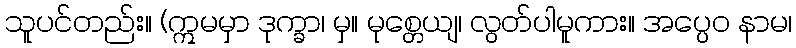
သူပင်တည်း။ (ဣမမှာ ဒုက္ခာ၊ မှ။ မုစ္တေယျ၊ လွတ်ပါမူကား။ အပ္ပေဝ နာမ၊